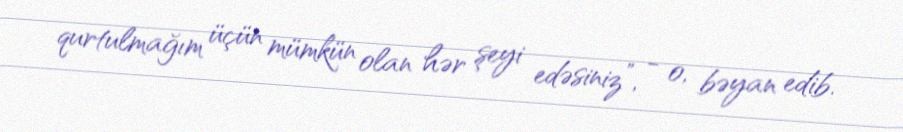
qurtulmağım üçün mümkün olan hər şeyi edəsiniz”, - o, bəyan edib.